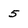
Character: 5